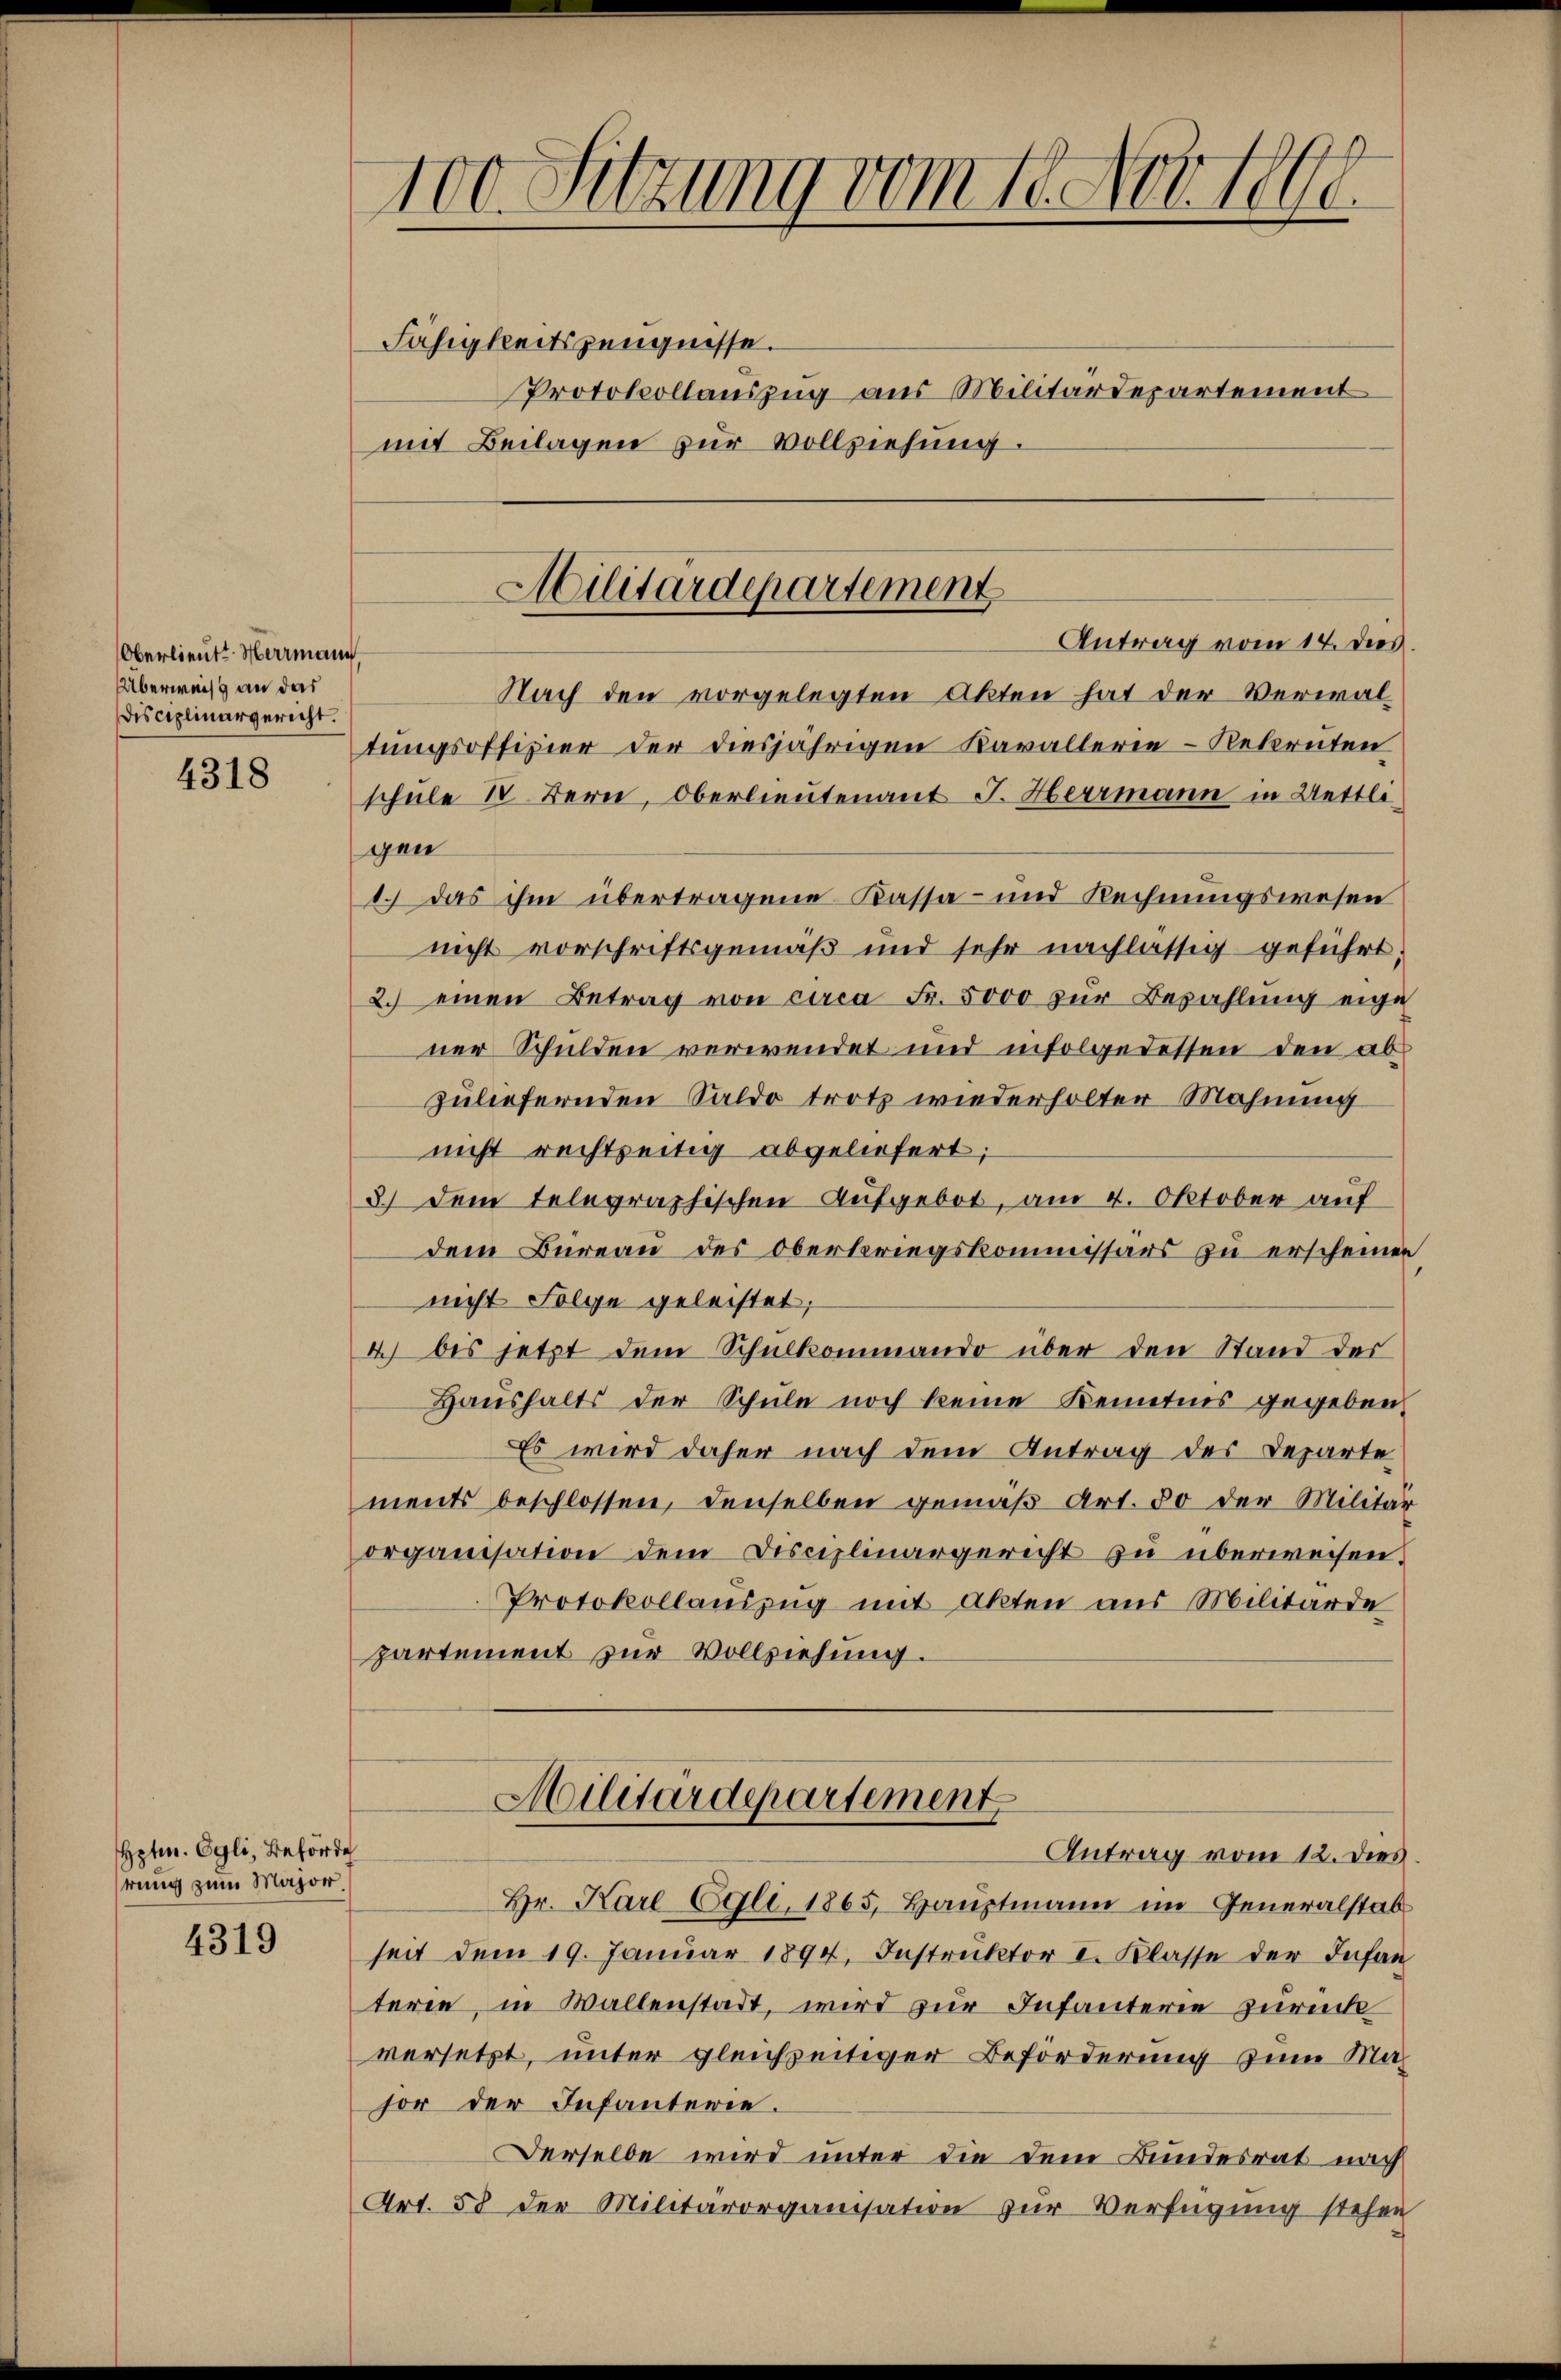
Oberlieut. Hermann,
Überweiss an das
Disciplinargericht.

4318

Hptm. Egli, Behörde
rung zum Major

4319

100 Sitzung vom 18. Nov. 1898
Fähigkeitszeugnisse.
Protokollauszug aus Militärdepartement

mit Beilagen zur Vollziehung.

Militärdepartement
Antrag vom 14. dies

Nach den vorgelegten Akten hat der Verwaltungsoffizier der diesjährigen Kavallerie-Rekruten
schule I. Bern, Oberlieutenant J. Herrmann in Uettligen
1.) Das ihm übertragene Kassa- und Rechnungswesen
nicht vorschriftsgemäß und sehr nachlässig geführt.
2.) einen Betrag von circa Fr. 5000 zur Bezahlung eige
ner Schulden verwendet und infolgedessen den abzuliefernden Saldo trotz wiederholter Mahnung
nicht rechtseitig abgeliefert;
3) dem telegraphischen Aufgebot, am 4. Oktober auf
dem Bureau des Oberkriegskommissärs zu erscheinen
nicht Folge geleistet;
2) bis jetzt dem Schulkommando über den Stand des
Haushalts der Schule noch keine Kenntnis gegeben
Es wird daher nach dem Antrag des Departe
ments beschlossen, denselben gemäβ Art. 80 der Militär
organisation dem Disciplinargericht zu überweisen.
Protokollauszug mit Akten aus Militärde
partement zur Vollziehung.
Militärdepartement
Antrag vom 12. dies
Hr. Karl Egli, 1865, Hauptmann im Generalstab
seit dem 19. Januar 1894, Instruktor I. Klasse der Infan
terie, in Wallenstadt, wird zur Infanterie zurück
versetzt, unter gleichzeitiger Beförderung zum Masor der Infanterie.
Derselbe wird unter die dem Bundesrat nach
Art. 58 der Militärorganisation zur Verfügung stehen